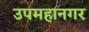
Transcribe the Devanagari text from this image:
उपमहानगर